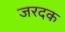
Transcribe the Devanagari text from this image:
जरदक